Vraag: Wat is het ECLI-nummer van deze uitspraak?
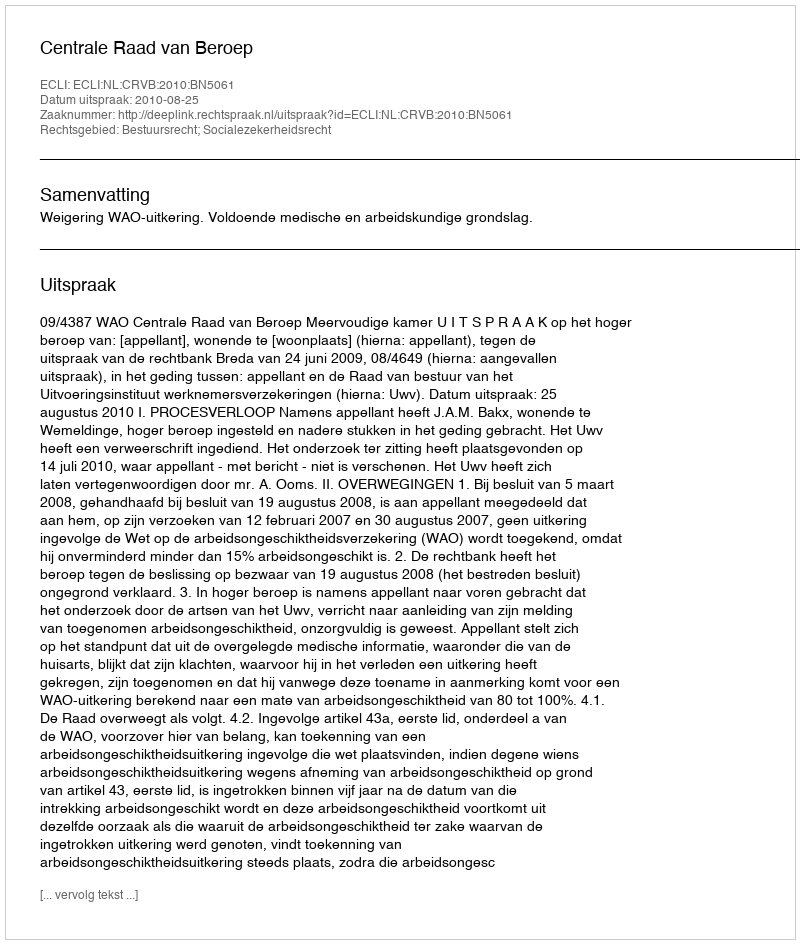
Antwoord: ECLI:NL:CRVB:2010:BN5061